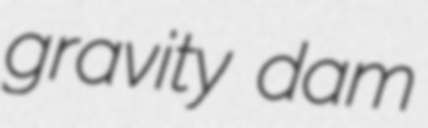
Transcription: gravity dam